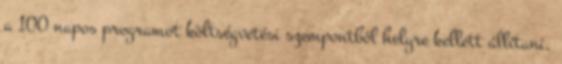
a 100 napos programot költségvetési szempontból helyre kellett állítani,